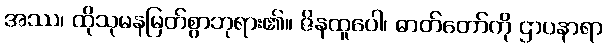
အဿ၊ ထိုသုမနမြတ်စွာဘုရား၏။ ဇိနထူပေါ၊ ဓာတ်တော်ကို ဌာပနာရာ